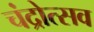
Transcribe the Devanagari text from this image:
चंद्रोत्सव